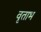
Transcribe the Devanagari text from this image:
वृताभ